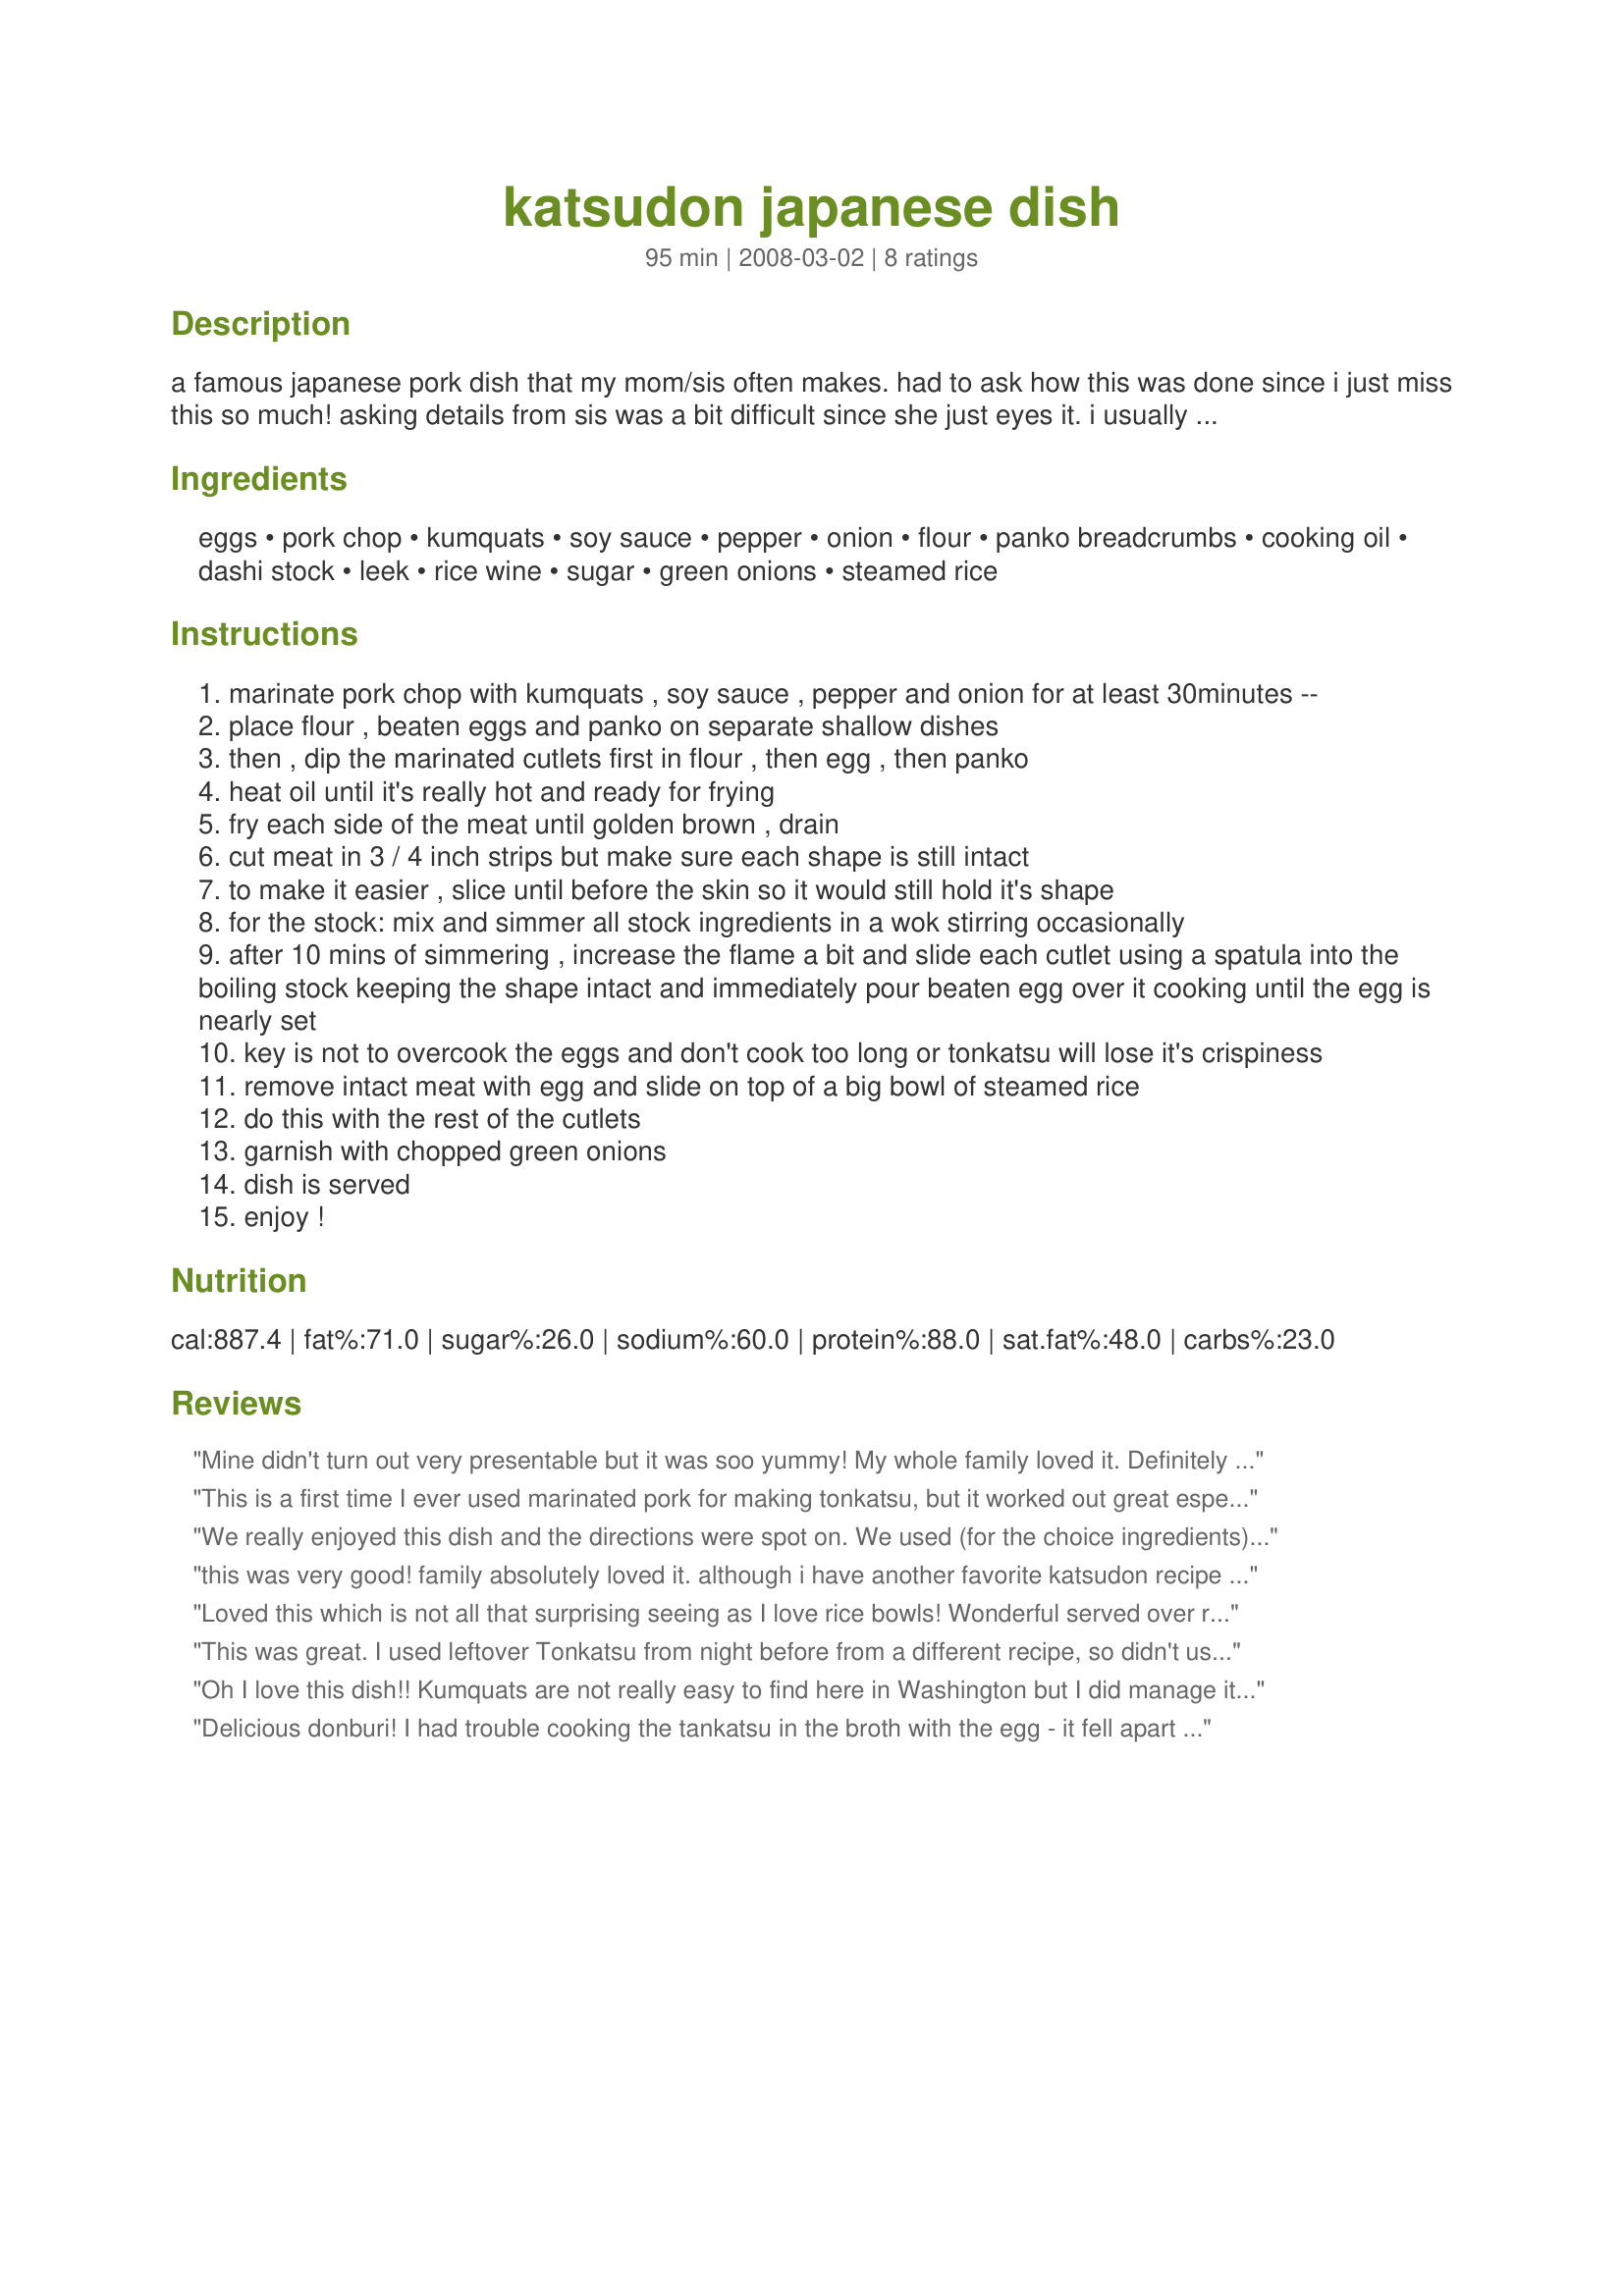
katsudon japanese dish
Preparation time: 95 minutes

a famous japanese pork dish that my mom/sis often makes. had to ask how this was done since i just miss this so much! asking details from sis was a bit difficult since she just eyes it. i usually substitute it with chicken too and i still love it although she raised her eyebrow when i told her that :d well, i love to give myself options! :)

Ingredients:
eggs, pork chop, kumquats, soy sauce, pepper, onion, flour, panko breadcrumbs, cooking oil, dashi stock, leek, rice wine, sugar, green onions, steamed rice

Steps:
marinate pork chop with kumquats , soy sauce , pepper and onion for at least 30minutes --
place flour , beaten eggs and panko on separate shallow dishes
then , dip the marinated cutlets first in flour , then egg , then panko
heat oil until it's really hot and ready for frying
fry each side of the meat until golden brown , drain
cut meat in 3 / 4 inch strips but make sure each shape is still intact
to make it easier , slice until before the skin so it would still hold it's shape
for the stock: mix and simmer all stock ingredients in a wok stirring occasionally
after 10 mins of simmering , increase the flame a bit and slide each cutlet using a spatula into the boiling stock keeping the shape intact and immediately pour beaten egg over it cooking until the egg is nearly set
key is not to overcook the eggs and don't cook too long or tonkatsu will lose it's crispiness
remove intact meat with egg and slide on top of a big bowl of steamed rice
do this with the rest of the cutlets
garnish with chopped green onions
dish is served
enjoy !

Reviews:
Mine didn't turn out very presentable but it was soo yummy! My whole family loved it. Definitely gonna make this dish again. Thanks for one genuine Japanese recipe!
This is a first time I ever used marinated pork for making tonkatsu, but it worked out great especially for lean and flavorless pork we usually find in the US. Used Meyer's lemon from the garden for kumquat. I also added enoki mushrooms along with onion and negi (thick scallion) to the sauce. I topped the rice with thinly sliced cabbage and piled on tonkatsu and the sauce. Thank you Pneuma for posting this wonderful recipe!
We really enjoyed this dish and the directions were spot on. We used (for the choice ingredients) chicken, lemons, and rice wine. We did the egg differently and just scrambled them omitting the leeks and the stock/water and served it as a side with the chicken. The flavor of this dish is great! Thanks for posting.
this was very good! family absolutely loved it. although i have another favorite katsudon recipe on this site this was still delicious too! thank you for sharing! great recipe!
Loved this which is not all that surprising seeing as I love rice bowls! Wonderful served over rice. I did a scaled down version using pork chops. With kumquats and dashi not readily available I made using lemons in the marinade and broth in place of the dashi stock with great results. I like options too - will be giving chicken a go next time around. Thank you and thank your sister for sharing. Adding another of your recipes to my favorites cookbook.
This was great. I used leftover Tonkatsu from night before from a different recipe, so didn't use that part of this recipe.

Reduced it for two. Made a couple changes based on ingredients on hand. Had to leave out leeks because didn't have them. Also used 1/2 chicken broth and 1/2 water instead of dashi stock.

Turned out great even with these alterations. And very easy and quick lunch for our leftover Tonkatsu.
Oh I love this dish!! Kumquats are not really easy to find here in Washington but I did manage it and what a major difference in the dish. I overnighted the marinade and it made the pork oh so delicious. Wish I had a photo to contribute to show how great this dish came out!!!
Delicious donburi! I had trouble cooking the tankatsu in the broth with the egg - it fell apart and didn't look very nice. So, for the rest I just cooked the egg in the broth, set it on top of the pork and sliced it. I'm sure it can be cooked like you said with practice - I just didn't have enough to practice with :)
